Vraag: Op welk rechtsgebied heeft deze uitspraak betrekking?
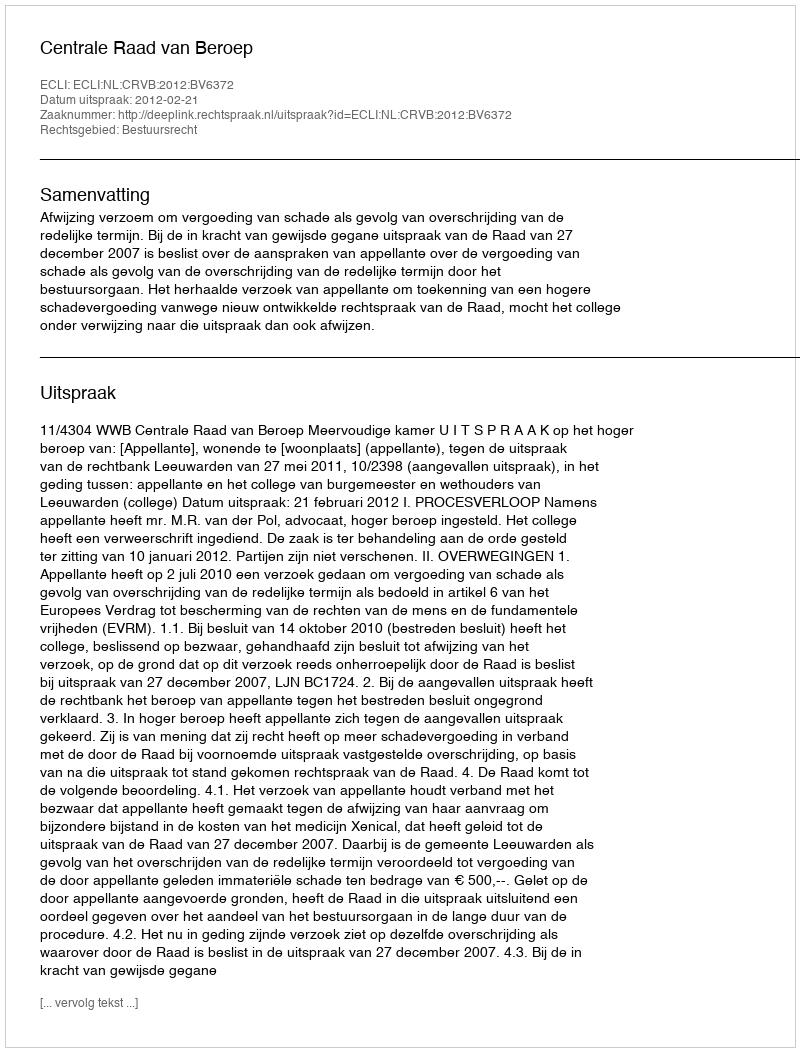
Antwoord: Bestuursrecht